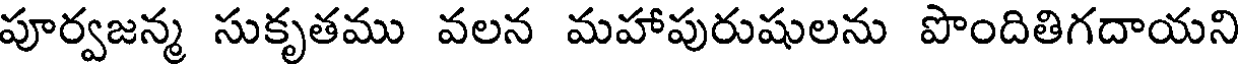
పూర్వజన్మ సుకృతము వలన మహాపురుషులను పొందితిగదాయని